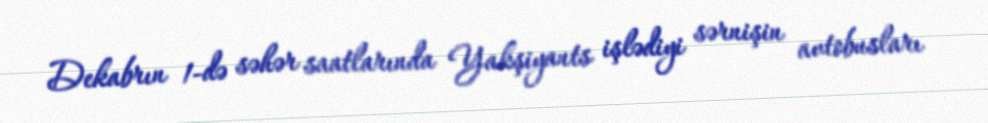
Dekabrın 1-də səhər saatlarında Yakşiyants işlədiyi sərnişin avtobusları